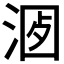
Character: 𣶡